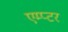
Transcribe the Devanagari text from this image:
एम्प्टर